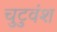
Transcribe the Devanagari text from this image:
चुटुवंश